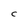
Character: C